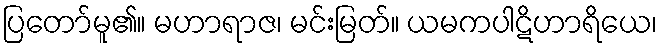
ပြတော်မူ၏။ မဟာရာဇ၊ မင်းမြတ်။ ယမကပါဋိဟာရိယေ၊